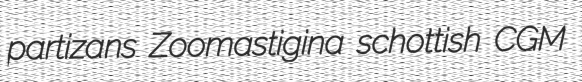
partizans Zoomastigina schottish CGM